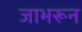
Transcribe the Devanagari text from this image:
जाभरून